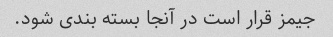
جیمز قرار است در آنجا بسته بندی شود.